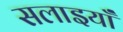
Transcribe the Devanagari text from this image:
सलाइयाँ